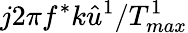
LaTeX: j2\pi f^{*}k\hat{u}^{1}/T_{max}^{1}